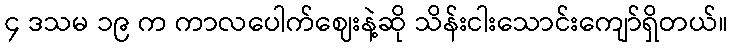
၄ ဒသမ ၁၉ က ကာလပေါက်ဈေးနဲ့ဆို သိန်းငါးသောင်းကျော်ရှိတယ်။